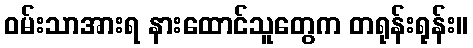
ဝမ်းသာအားရ နားထောင်သူတွေက တရုန်းရုန်း။